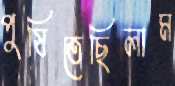
পুষিতেছিলাম